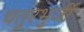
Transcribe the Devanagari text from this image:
चतुरभुर्जी